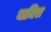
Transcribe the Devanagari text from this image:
नाजिरा